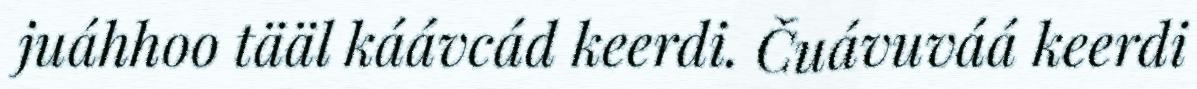
juáhhoo tääl káávcád keerdi. Čuávuváá keerdi